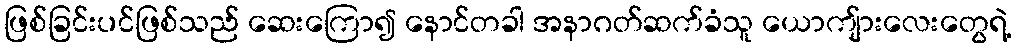
ဖြစ်ခြင်းပင်ဖြစ်သည် ဆေးကြော၍ နောင်တခါ အနာဂတ်ဆက်ခံသူ ယောကျ်ားလေးတွေရဲ့